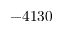
- 4 1 3 0